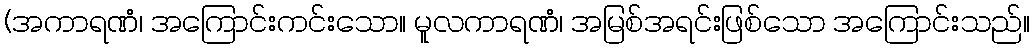
(အကာရဏံ၊ အကြောင်းကင်းသော။ မူလကာရဏံ၊ အမြစ်အရင်းဖြစ်သော အကြောင်းသည်။